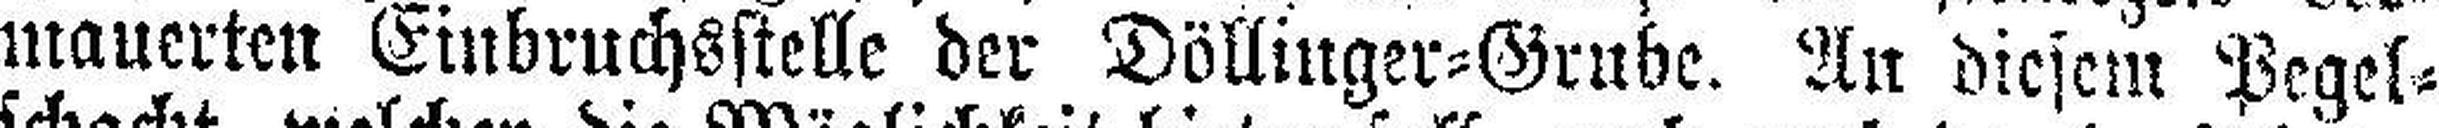
mauerten Einbruchsstelle der Döllinger=Grube. An diesem Pegel¬